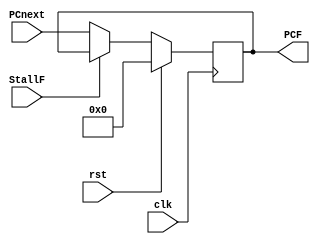
module Adress_Generator (
     input rst,clk,StallF,input[31:0]PCnext,
    output reg [31:0] PCF
);
    always @(posedge clk) begin
        if (rst)
            PCF <= 32'd0;
        else if(StallF)
            PCF <= PCF;
        else
            PCF <= PCnext;    
    end 
endmodule